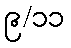
၉/၁၁